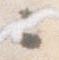
々